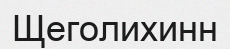
Щеголихинн